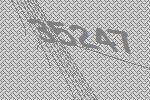
35247